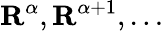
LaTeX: \mathbf{R}^{\alpha},\mathbf{R}^{\alpha+1},\ldots